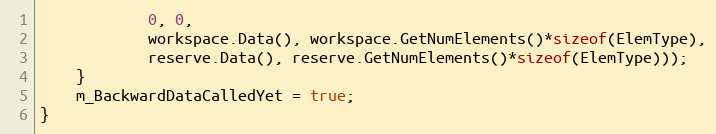
Language: C++
            0, 0,
            workspace.Data(), workspace.GetNumElements()*sizeof(ElemType),
            reserve.Data(), reserve.GetNumElements()*sizeof(ElemType)));
    }
    m_BackwardDataCalledYet = true;
}